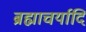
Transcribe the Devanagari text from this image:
ब्रह्माचर्यादि